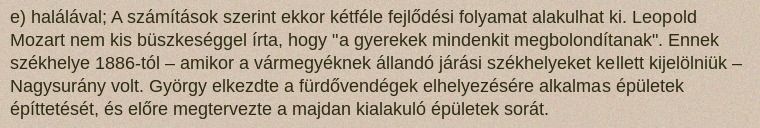
e) halálával; A számítások szerint ekkor kétféle fejlődési folyamat alakulhat ki. Leopold Mozart nem kis büszkeséggel írta, hogy "a gyerekek mindenkit megbolondítanak". Ennek székhelye 1886-tól – amikor a vármegyéknek állandó járási székhelyeket kellett kijelölniük – Nagysurány volt. György elkezdte a fürdővendégek elhelyezésére alkalmas épületek építtetését, és előre megtervezte a majdan kialakuló épületek sorát.